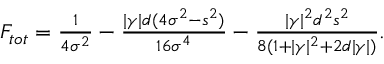
\begin{array} { r } { F _ { t o t } = \frac { 1 } { 4 \sigma ^ { 2 } } - \frac { | \gamma | d ( 4 \sigma ^ { 2 } - s ^ { 2 } ) } { 1 6 \sigma ^ { 4 } } - \frac { | \gamma | ^ { 2 } d ^ { 2 } s ^ { 2 } } { 8 ( 1 + | \gamma | ^ { 2 } + 2 d | \gamma | ) } . } \end{array}